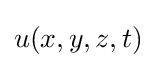
u(x,y,z,t)